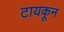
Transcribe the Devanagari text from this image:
टायकून